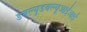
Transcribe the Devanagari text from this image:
डबल्यूडबल्यूआईआई